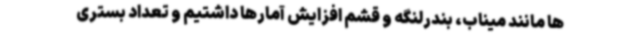
ها مانند میناب، بندرلنگه و قشم افزایش آمارها داشتیم و تعداد بستری